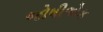
જોષીએક